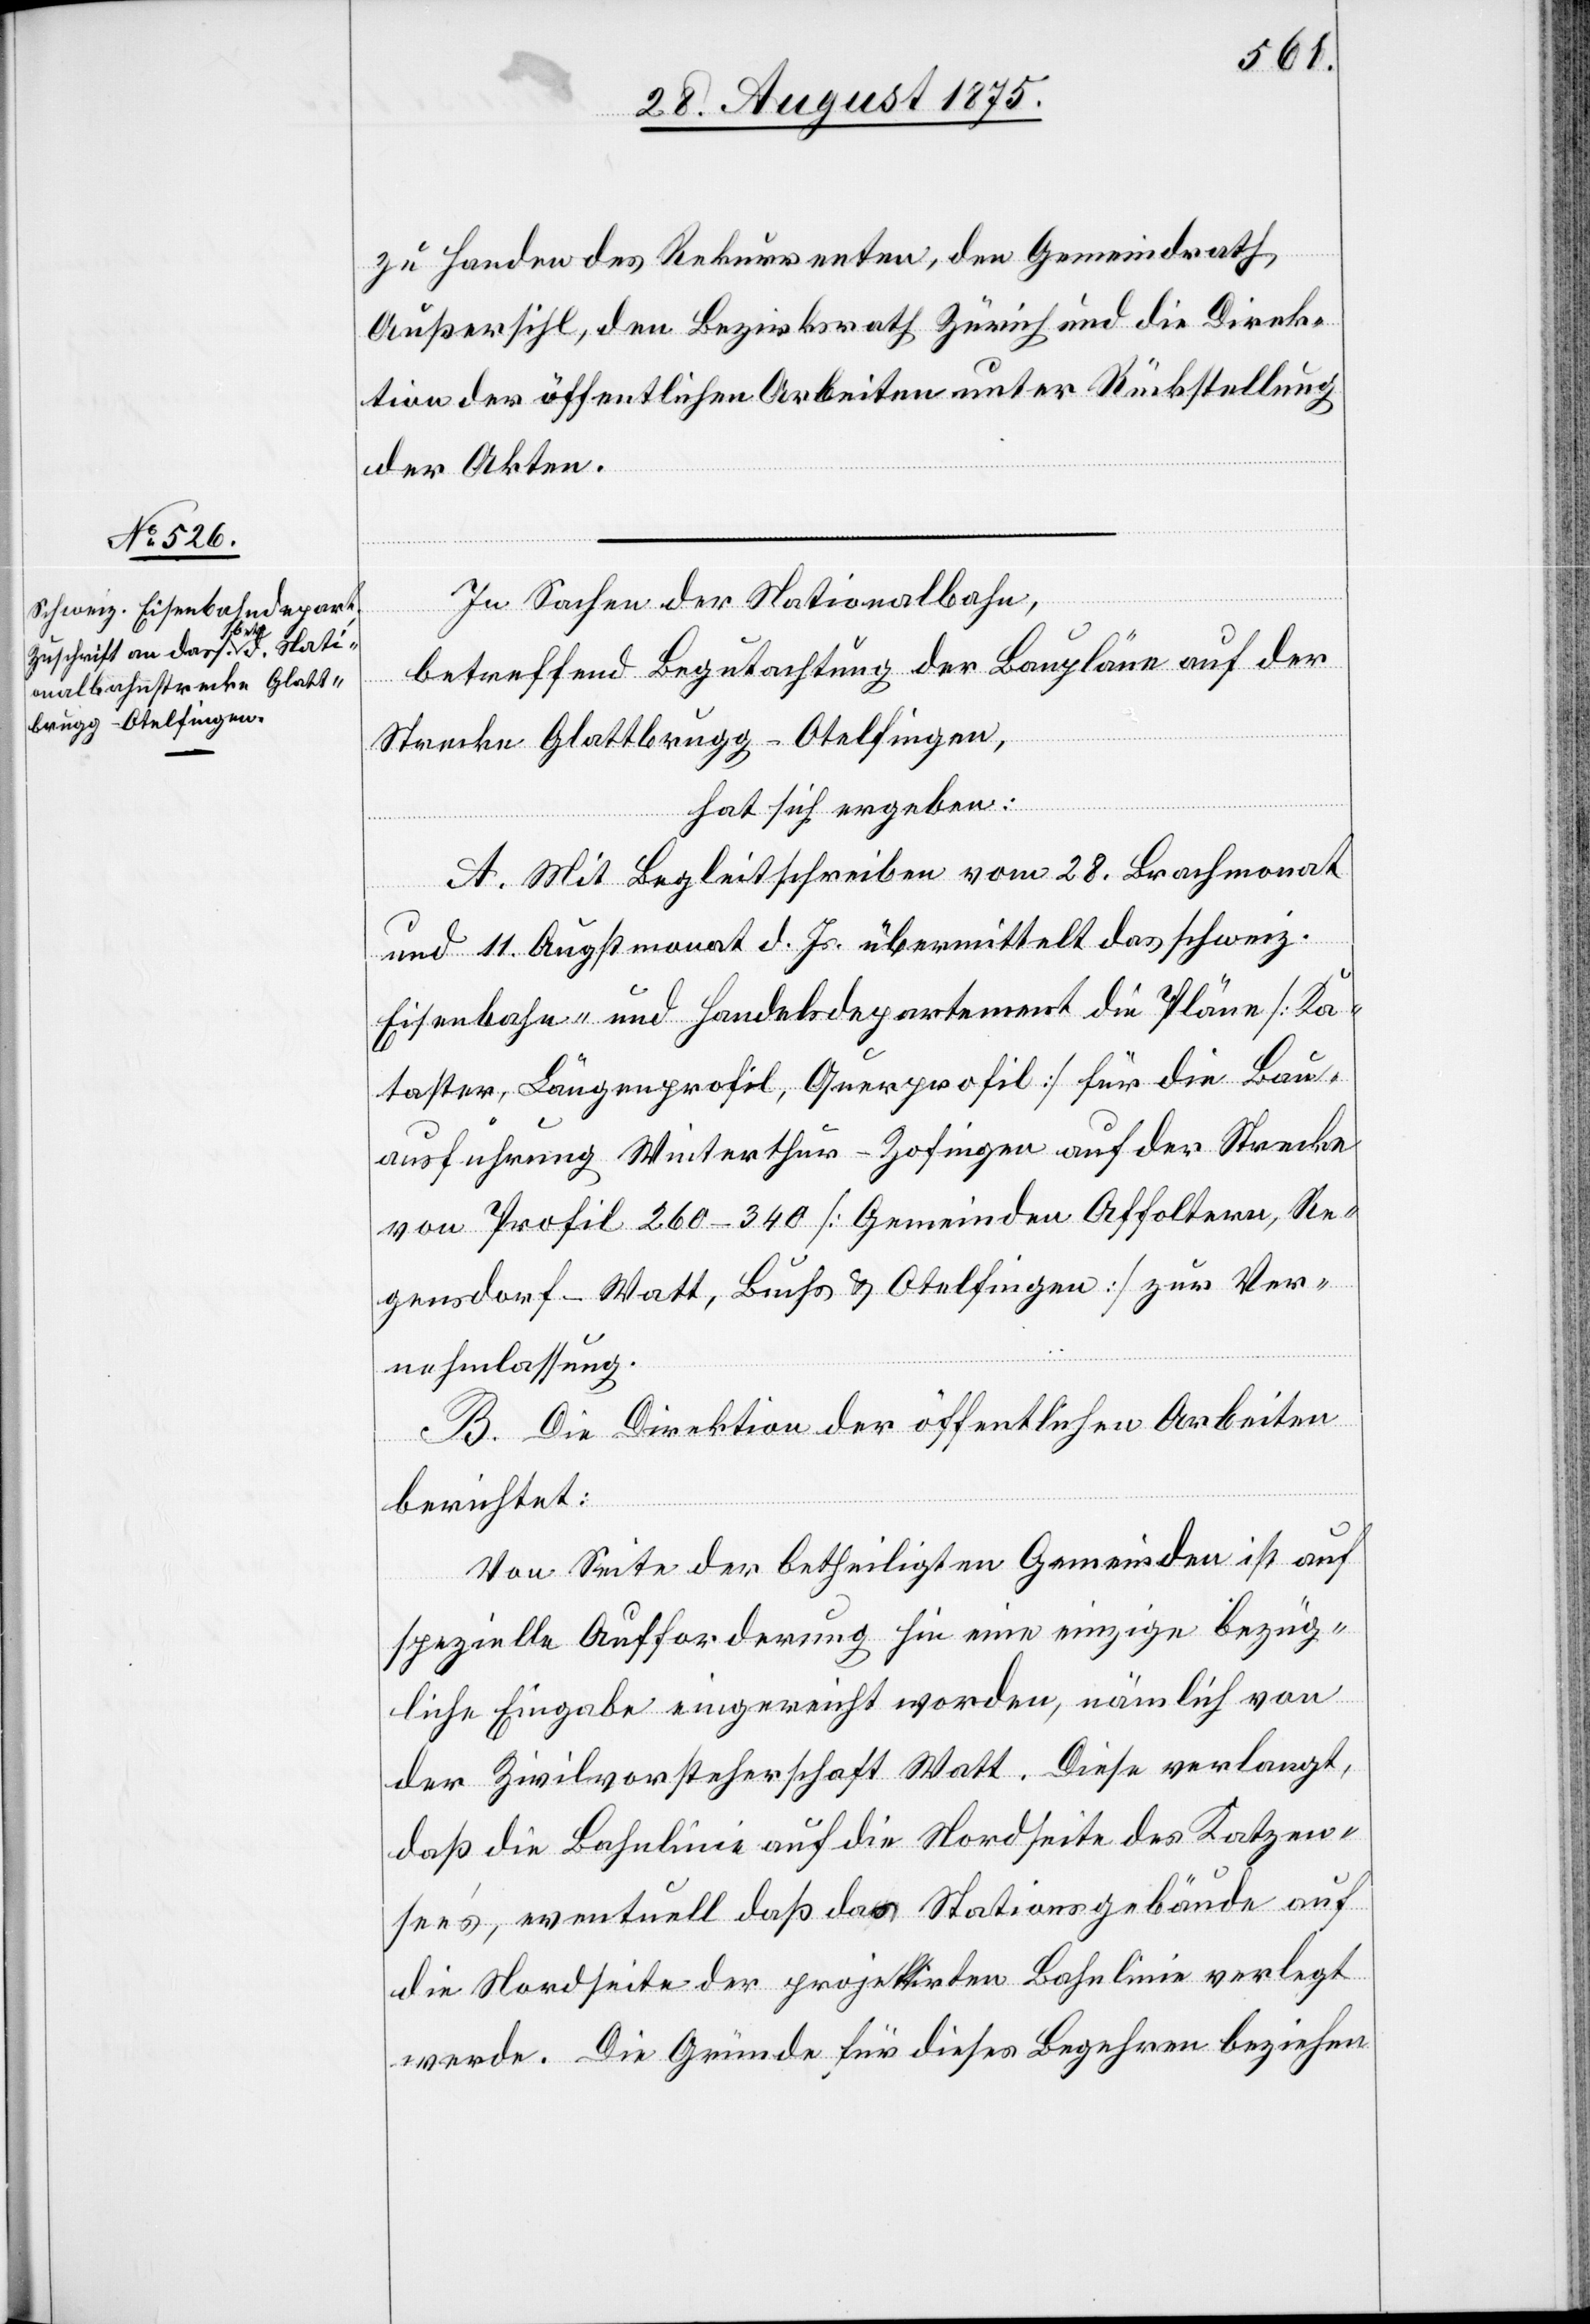
zu Handen des Rekurrenten, den Gemeindrath
Außersihl, den Bezirksrath Zürich und die Direk¬
tion der öffentlichen Arbeiten unter Rückstellung
der Akten.
In Sachen der Nationalbahn,
betreffend Begutachtung der Baupläne auf der
Strecke Glattbrugg–Otelfingen,
hat sich ergeben:
A. Mit Begleitschreiben vom 28. Brachmonat
und 11. Augstmonat d. Js. übermittelt das schweiz.
Eisenbahn- und Handelsdepartement die Pläne [Ka¬
taster, Längenprofil, Querprofil] Für die Bau¬
ausführung Winterthur–Zofingen auf der Strecke
von Profil 260–340 [Gemeinden Affoltern, Re¬
gensdorf-Watt, Buchs & Otelfingen] zur Ver¬
nehmlassung.
B. Die Direktion der öffentlichen Arbeiten
berichtet:
Von Seite der betheiligten Gemeinden ist auf
spezielle Aufforderung hin eine einzige bezüg¬
liche Eingabe eingereicht worden, nämlich von
der Zivilvorsteherschaft Watt. Diese verlangt,
daß die Bahnlinie auf die Nordseite des Katzen¬
see’s, eventuell daß das Stationsgebäude auf
die Nordseite der projektirten Bahnlinie verlegt
werde. Die Gründe für dieses Begehren beziehen